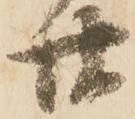
廿